Language: tamil
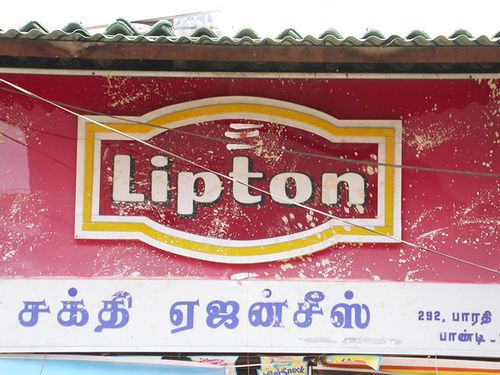
Transcription: ஏஜன்சீஸ் சக்தி பாண்டி பாரதி